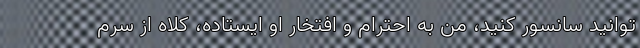
توانید سانسور کنید، من به احترام و افتخار او ایستاده، کلاه از سرم